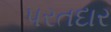
પરતદાર